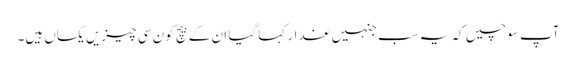
آپ سوچیں کہ یہ سب جنہیں غدار کہا گیا ان کے بیچ کون سی چیزیں یکساں ہیں۔